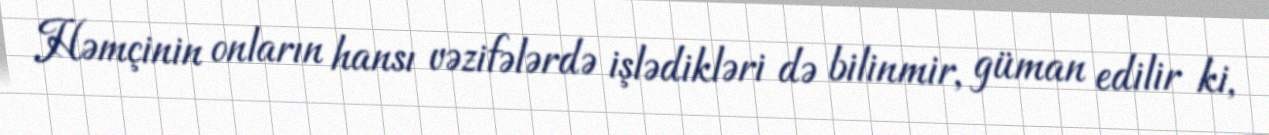
Həmçinin onların hansı vəzifələrdə işlədikləri də bilinmir, güman edilir ki,